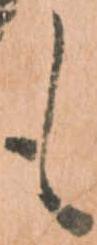
も